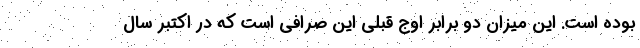
بوده است. این میزان دو برابر اوج قبلی این صرافی است که در اکتبر سال